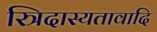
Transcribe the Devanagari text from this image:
स्त्रिदास्यतावादि